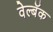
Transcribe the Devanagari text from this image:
वेल्बॅक